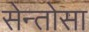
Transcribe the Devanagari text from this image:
सेन्तोसा